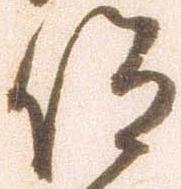
仰